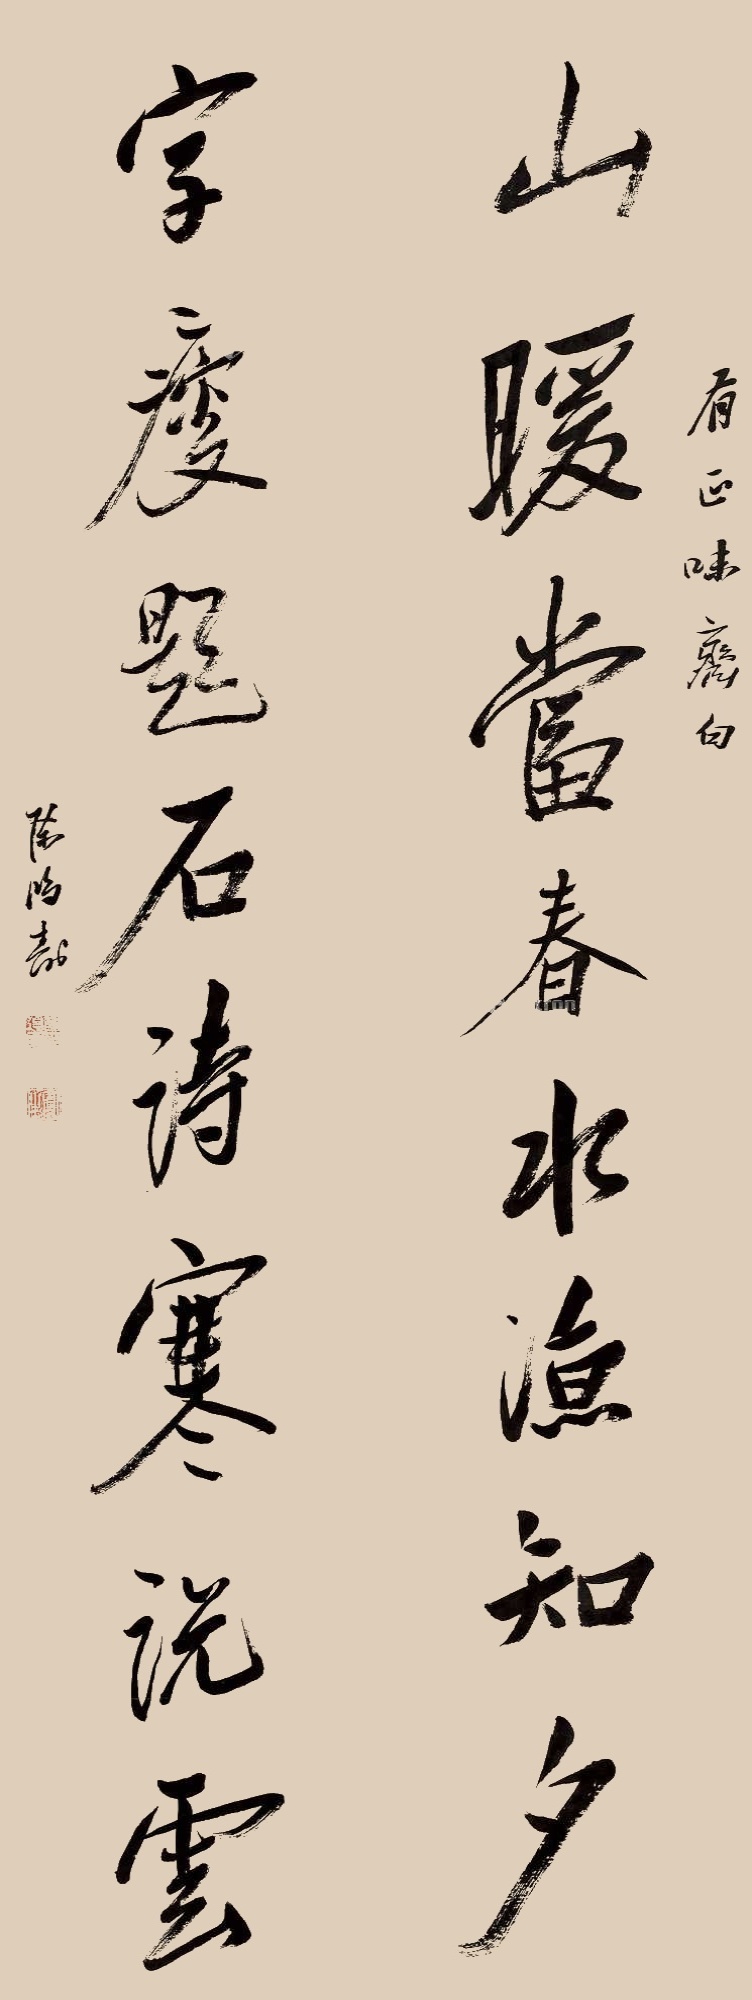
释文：山暖当春水凉知夕，字瘦题石诗寒说云。有正味斋句，陈鸿寿。